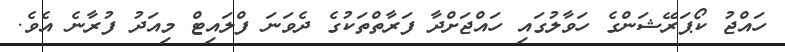
ހައްޖު ކޯޕަރޭޝަންގެ ހަވާލުގައި ހައްޖަށްދާ ފަރާތްތަކުގެ ދެވަނަ ފްލައިޓް މިއަދު ފުރާނެ އެވެ.